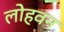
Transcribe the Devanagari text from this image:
लोहवन